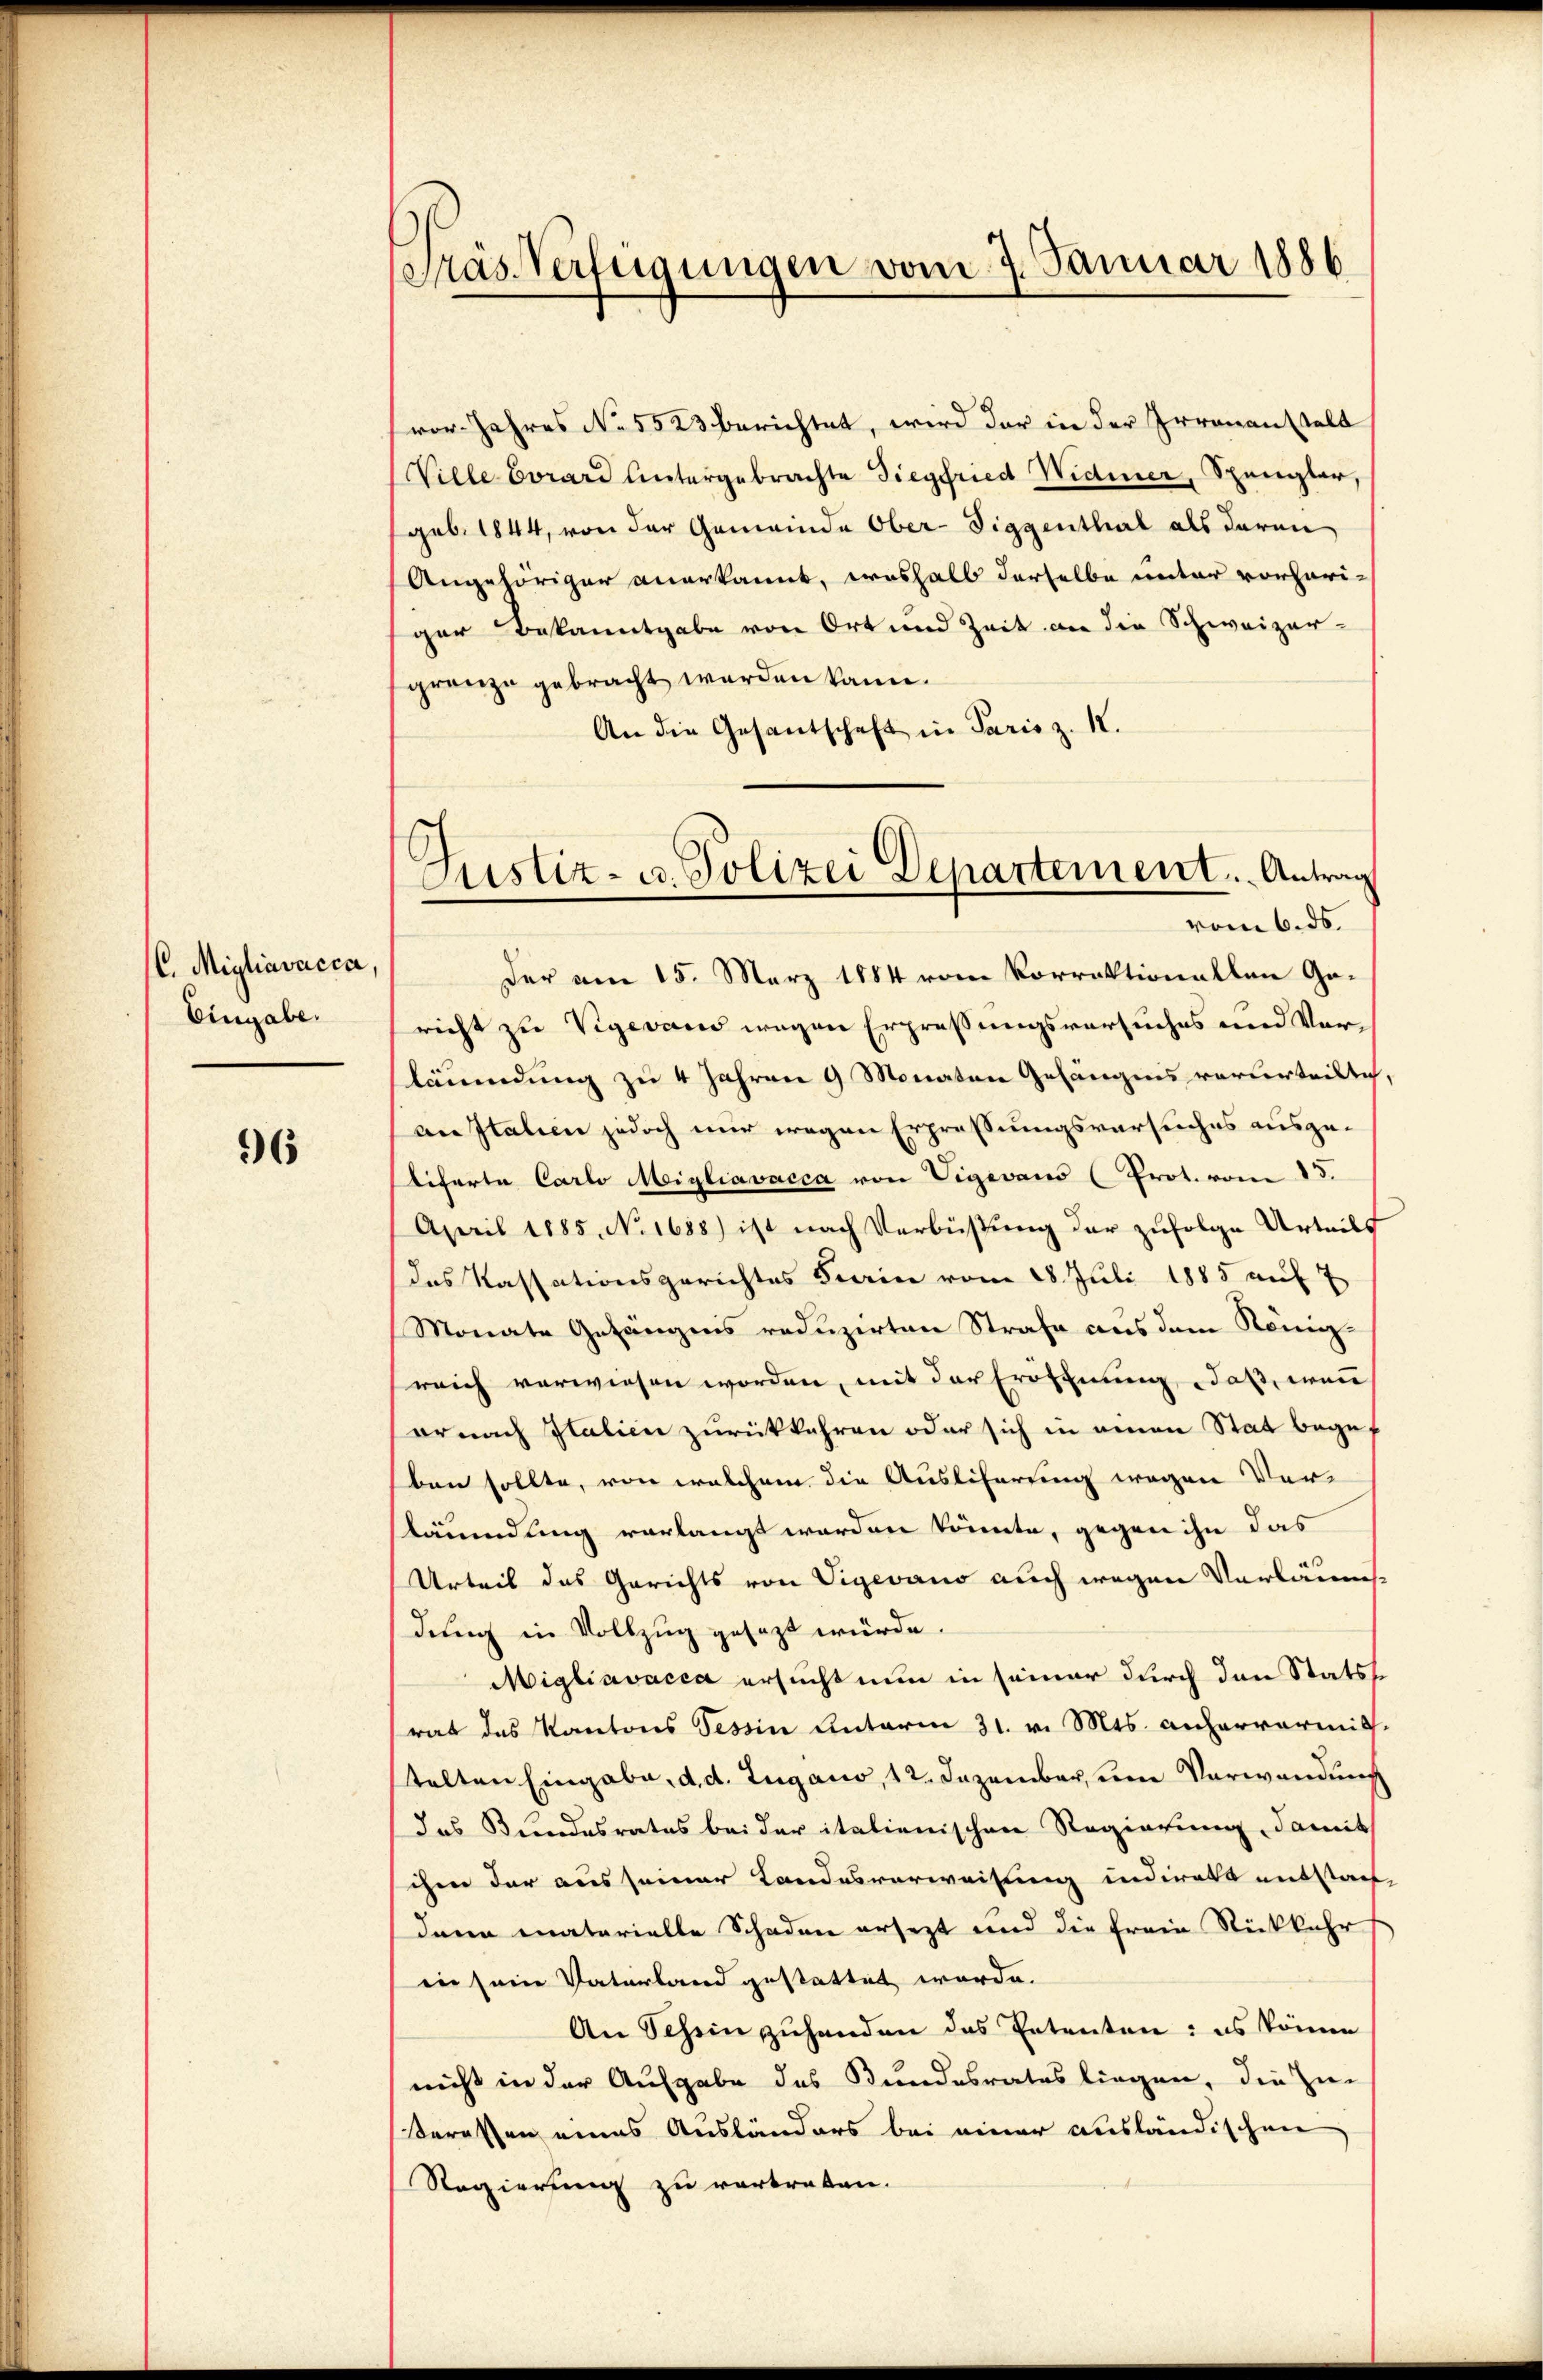
C. Migliavacca,
Eingabe.

96

Träs Verfügungen vom 7. Januar 1886

Justiz- u. Polizei Departement. Antrag
vom 6. ds.

vor Jahres No 5523 berichtet, wird der in der Irrenanstalt
Ville Corard untergebrachte Siegfried Widmer, Spengler
geb. 1844, von der Gemeinde Ober-Siggenthal als daran
Angehöriger anerkannt, weshalb derselbe unter vorheriger Bekanntgabe von Ort und Zeit an die Schweizer-
grenze gebracht werden kann.
An die Gesantschaft in Paris z. I.
Der am 15. März 1884 vom Vorrektionallen Garicht zu Vigevaus wegen Erpressungsversuches und Vorläumdung zu 4 Jahren 9 Monaten Gefängnis vorderteilte
an Italien jedoch nur wegen Erpressungsversuches ausgeliferte Carlo Migliavacca von Vigevaus (Prot. vom 15.
April 1885, No. 1658) ist nach Verbüßung der zufolge Urteils
das Kassationsgerichtes Ferie vom 28. Juli 1885 auf 7
Monate Gefängnis reduzirten Strafe aus dem Königreich verwiesen worden, mit der Eröffnung, daß, wenn
er nach Italien zurückkehren oder sich in einen Stat begef
ben sollte, von welchem die Auslieferung wegen Ver-
läumdung vorlangt worden könnte, gegen ihn das
Urteil das Gerichts von Vigevano auch wegen Vorläumsdung in Vollzug gesezt würde.
Migliavacca ersucht nun in seiner durch den Statss
rat das Kantons Tessin Unterm 31. v. Mts. anharrarmittelten Eingabe, d. d. Zugano, 12. Dezember, um Verwendung
das Bundesrates bei der italienischen Regierung, damit
ihm der aus seiner Landesverweisung indirats entstaat
dann materielle Schaden ersezt und die Frau Rückkehr
in sein Vaterland gestattet werde.
An Scheinzuhanden das Petenten: es könne
nicht in der Ausgabe des Bundesrates liegen, die Zie
Serassen eines Ausländers bei einer ausländischen
Regierung zu vertreten.